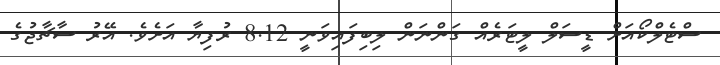
ސްޓެލްކޯއަށް ޑީސަލް ލީޓަރެއް ގަންނަން ލިބިފައިވަނީ 8.12 ރުފިޔާ އަށެވެ. އޭރު ސާޗާޖުގެ